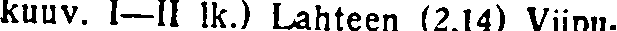
kuuv. 1—II lk.) Lahteen (2.14) Viipu.